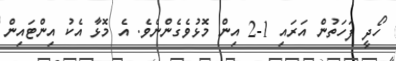
ހޯދީ ފަހަތުން އަރައި 1-2 އިން މޮޅުވެގެންނެވެ. އެ މޮޅާ އެކު އިންޓައިން